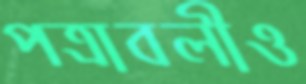
পত্রাবলীও